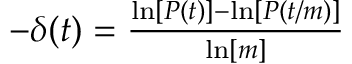
\begin{array} { r } { - \delta ( t ) = \frac { \ln [ P ( t ) ] - \ln [ P ( t / m ) ] } { \ln [ m ] } } \end{array}